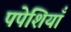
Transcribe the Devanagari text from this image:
पपेशियाँ